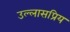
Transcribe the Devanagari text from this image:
उल्लासप्रिय